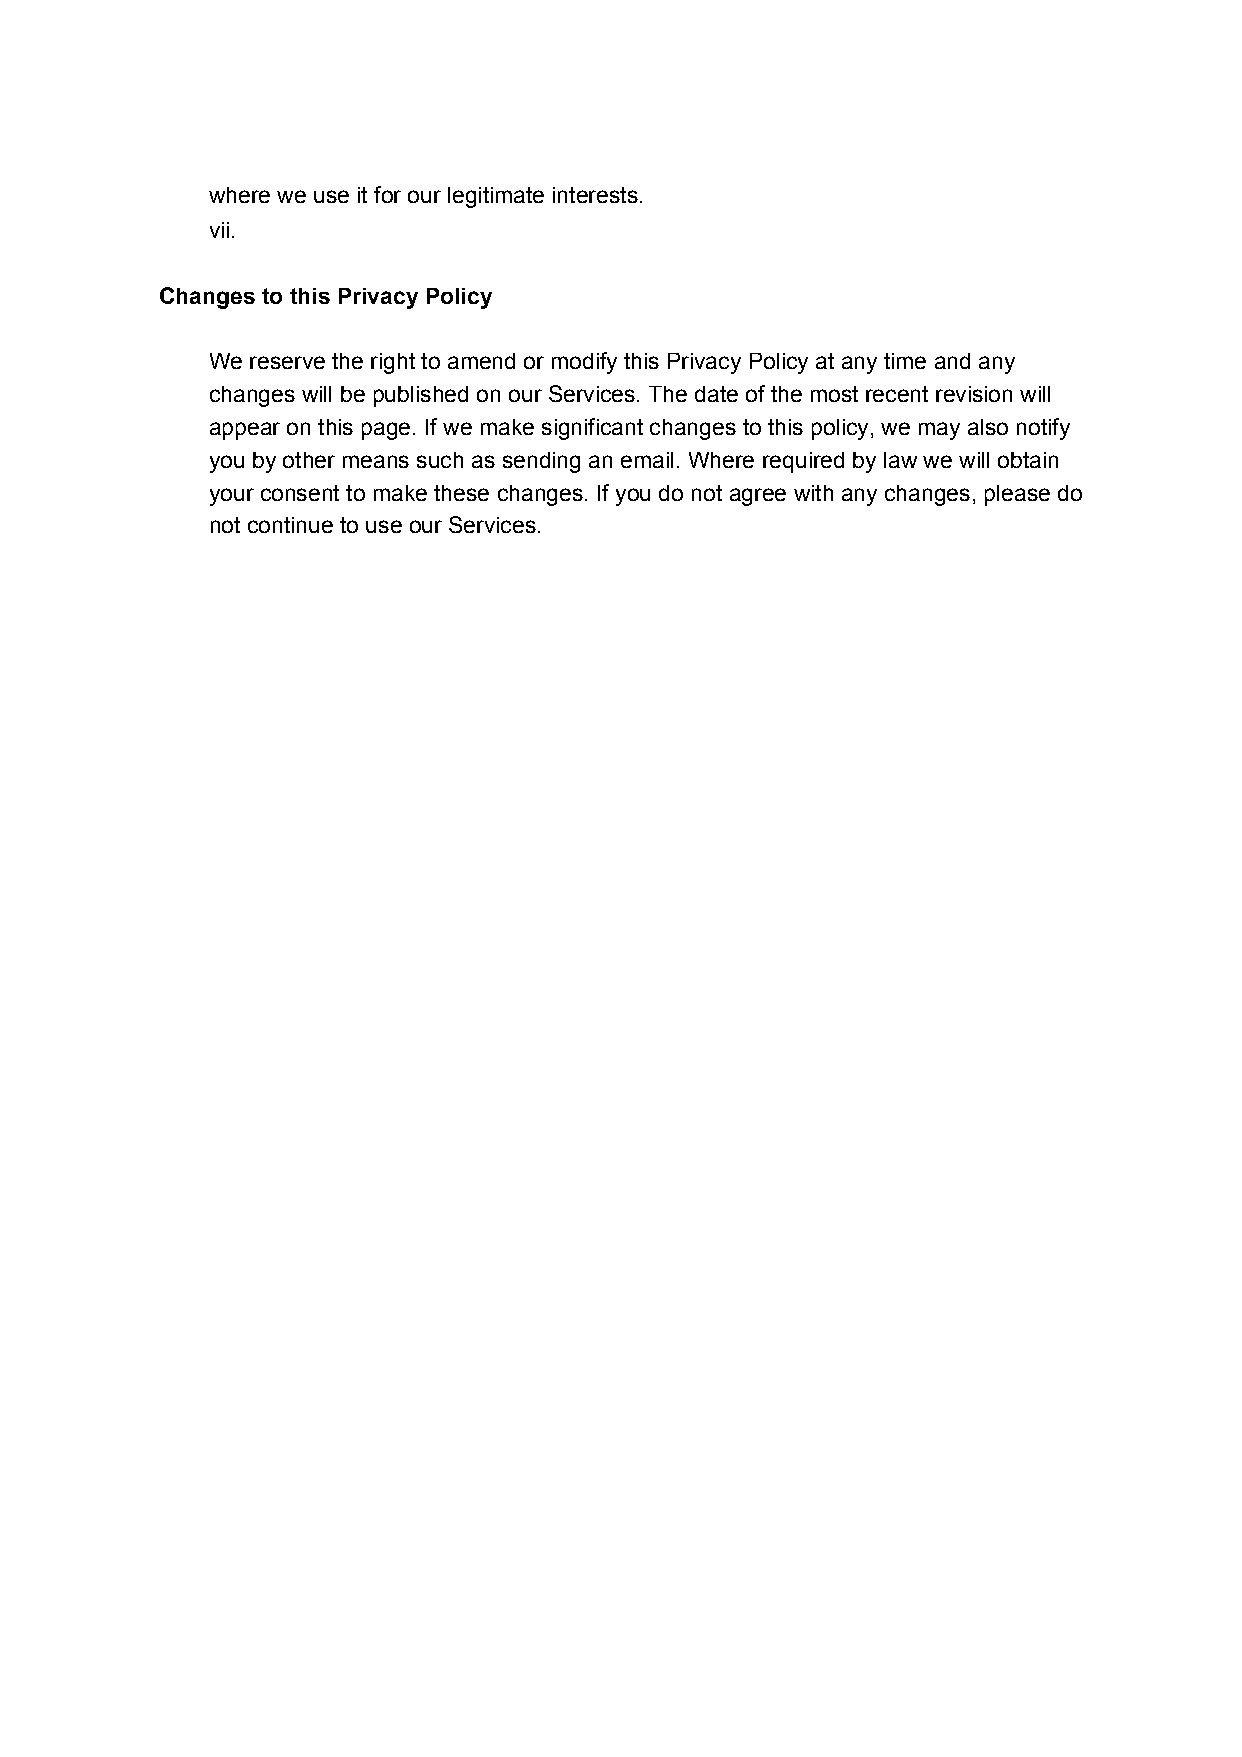
where we use it for our legitimate interests.
 vii.
 Changes to this Privacy Policy
 We reserve the right to amend or modify this Privacy Policy at any time and any
 changes will be published on our Services. The date of the most recent revision will
 appear on this page. If we make significant changes to this policy, we may also notify
 you by other means such as sending an email. Where required by law we will obtain
 your consent to make these changes. If you do not agree with any changes, please do
 not continue to use our Services.